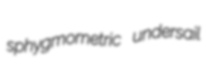
sphygmometric undersail